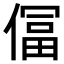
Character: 𫣕